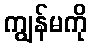
ကျွန်မကို